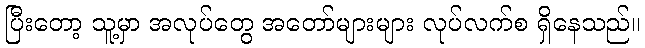
ပြီးတော့ သူ့မှာ အလုပ်တွေ အတော်များများ လုပ်လက်စ ရှိနေသည်။